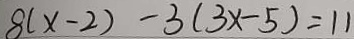
8 ( x - 2 ) - 3 ( 3 x - 5 ) = 1 1